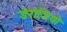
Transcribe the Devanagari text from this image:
डेरोजियो